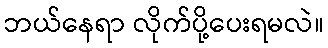
ဘယ်နေရာ လိုက်ပို့ပေးရမလဲ။